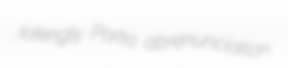
jokingly Porta abrenunciation